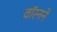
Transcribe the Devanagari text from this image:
वॉरनने